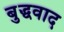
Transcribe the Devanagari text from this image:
बुद्धवाद